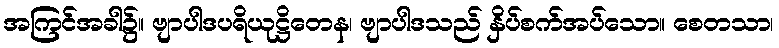
အကြင်အခါ၌။ ဗျာပါဒပရိယုဋ္ဌိတေန၊ ဗျာပါဒသည် နှိပ်စက်အပ်သော။ စေတသာ၊